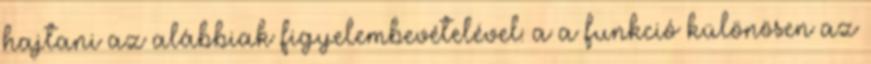
hajtani az alábbiak figyelembevételével: a a funkció különösen az